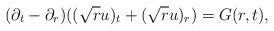
LaTeX: \begin{align*} (\partial_t - \partial_r) ((\sqrt{r}u)_t + (\sqrt{r}u)_r) = G(r,t),\end{align*}